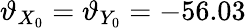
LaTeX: \vartheta_{X_{0}}=\vartheta_{Y_{0}}=-56.03